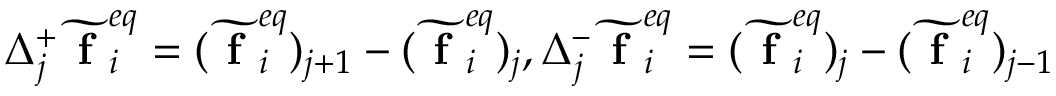
\Delta _ { j } ^ { + } \widetilde { \textbf { f } } _ { i } ^ { e q } = ( \widetilde { \textbf { f } } _ { i } ^ { e q } ) _ { j + 1 } - ( \widetilde { \textbf { f } } _ { i } ^ { e q } ) _ { j } , \Delta _ { j } ^ { - } \widetilde { \textbf { f } } _ { i } ^ { e q } = ( \widetilde { \textbf { f } } _ { i } ^ { e q } ) _ { j } - ( \widetilde { \textbf { f } } _ { i } ^ { e q } ) _ { j - 1 }